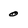
Character: 0